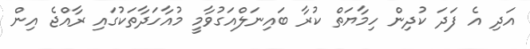
އަދި އެ ފަދަ ކުދިން ހިމާޔަތް ކުރާ ބައިނަލްއަގުވާމީ މުއާހަދާތަކުގައި ރާއްޖެ އިން